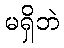
မရှိဘဲ